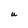
Character: U